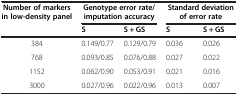
| <ROWSPAN=2> Number of markers in low-density panel | <COLSPAN=2> Genotype error rate/imputation accuracy | <COLSPAN=2> Standard deviation of error rate |
 | S | S + GS | S | S + GS |
 | --- | --- | --- | --- | --- |
 | 384 | 0.149/0.77 | 0.129/0.79 | 0.036 | 0.026 |
 | 768 | 0.093/0.85 | 0.076/0.88 | 0.027 | 0.022 |
 | 1152 | 0.062/0.90 | 0.053/0.91 | 0.021 | 0.016 |
 | 3000 | 0.027/0.96 | 0.022/0.96 | 0.013 | 0.007 |